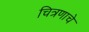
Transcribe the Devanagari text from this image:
चित्रणाचे